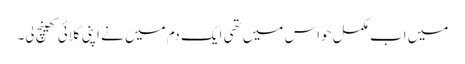
میں اب مکمل حواس میں تھی ایک دم میں نے اپنی کلائی کھینچ لی۔